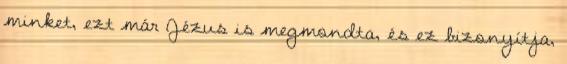
minket, ezt már Jézus is megmondta, és ez bizonyítja,